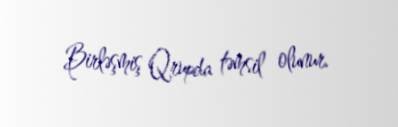
Birləşmiş Qrupda təmsil olunur.